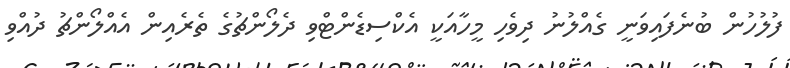
ފުލުހުން ބުނެފައިވަނީ ގެއްލުނު ދިވެހި މީހާއަކީ އެކްސިޑެންޓްވި ދެލޯންޗުގެ ތެރެއިން އެއްލޯންޗު ދުއްވި